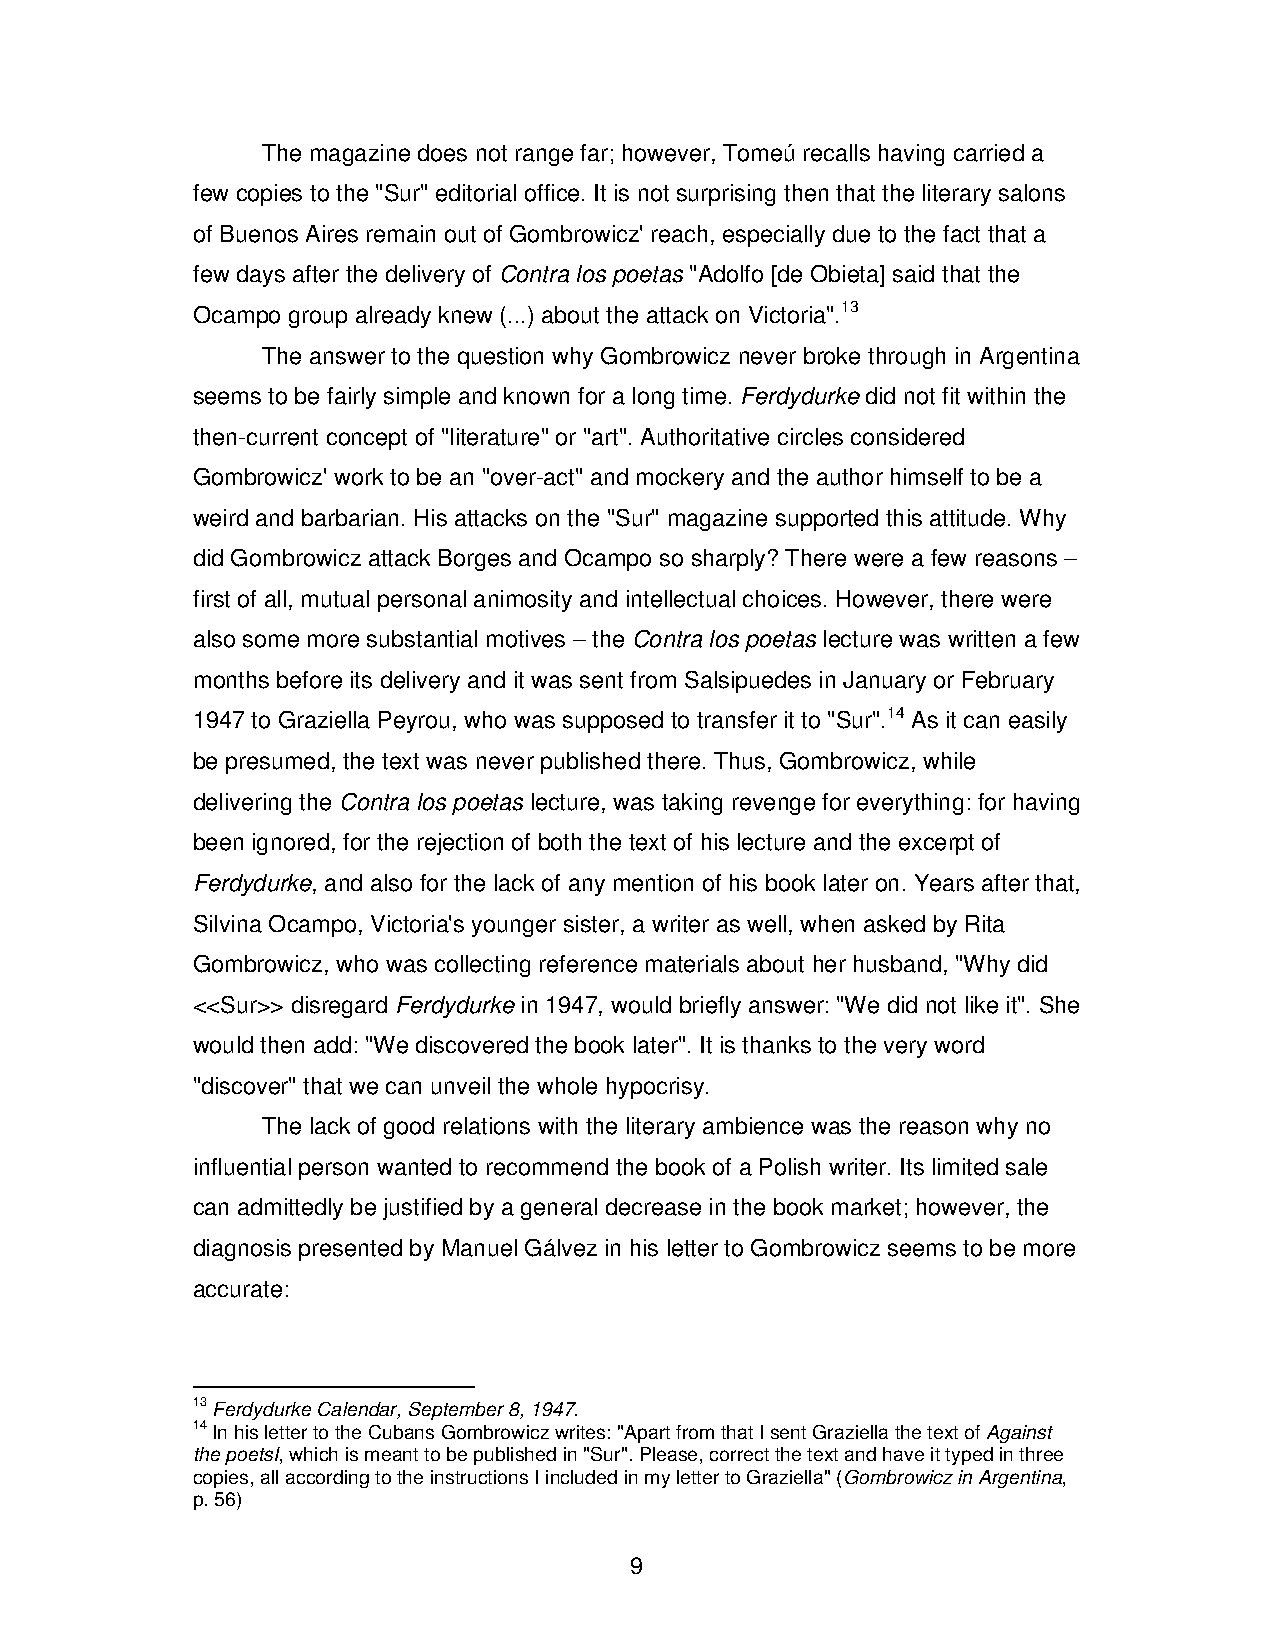
The magazine does not range far; however, Tomeú recalls having carried a
 few copies to the "Sur" editorial office. It is not surprising then that the literary salons
 of Buenos Aires remain out of Gombrowicz' reach, especially due to the fact that a
 few days after the delivery of Contra los poetas "Adolfo [de Obieta] said that the
 Ocampo group already knew (...) about the attack on Victoria".13
 The answer to the question why Gombrowicz never broke through in Argentina
 seems to be fairly simple and known for a long time. Ferdydurke did not fit within the
 then-current concept of "literature" or "art". Authoritative circles considered
 Gombrowicz' work to be an "over-act" and mockery and the author himself to be a
 weird and barbarian. His attacks on the "Sur" magazine supported this attitude. Why
 did Gombrowicz attack Borges and Ocampo so sharply? There were a few reasons –
 first of all, mutual personal animosity and intellectual choices. However, there were
 also some more substantial motives – the Contra los poetas lecture was written a few
 months before its delivery and it was sent from Salsipuedes in January or February
 1947 to Graziella Peyrou, who was supposed to transfer it to "Sur".14 As it can easily
 be presumed, the text was never published there. Thus, Gombrowicz, while
 delivering the Contra los poetas lecture, was taking revenge for everything: for having
 been ignored, for the rejection of both the text of his lecture and the excerpt of
 Ferdydurke, and also for the lack of any mention of his book later on. Years after that,
 Silvina Ocampo, Victoria's younger sister, a writer as well, when asked by Rita
 Gombrowicz, who was collecting reference materials about her husband, "Why did
 <<Sur>> disregard Ferdydurke in 1947, would briefly answer: "We did not like it". She
 would then add: "We discovered the book later". It is thanks to the very word
 "discover" that we can unveil the whole hypocrisy.
 The lack of good relations with the literary ambience was the reason why no
 influential person wanted to recommend the book of a Polish writer. Its limited sale
 can admittedly be justified by a general decrease in the book market; however, the
 diagnosis presented by Manuel Gálvez in his letter to Gombrowicz seems to be more
 accurate:
 13 Ferdydurke Calendar, September 8, 1947.
 14 In his letter to the Cubans Gombrowicz writes: "Apart from that I sent Graziella the text of Against
 the poetsI, which is meant to be published in "Sur". Please, correct the text and have it typed in three
 copies, all according to the instructions I included in my letter to Graziella" (Gombrowicz in Argentina,
 p. 56)
 9